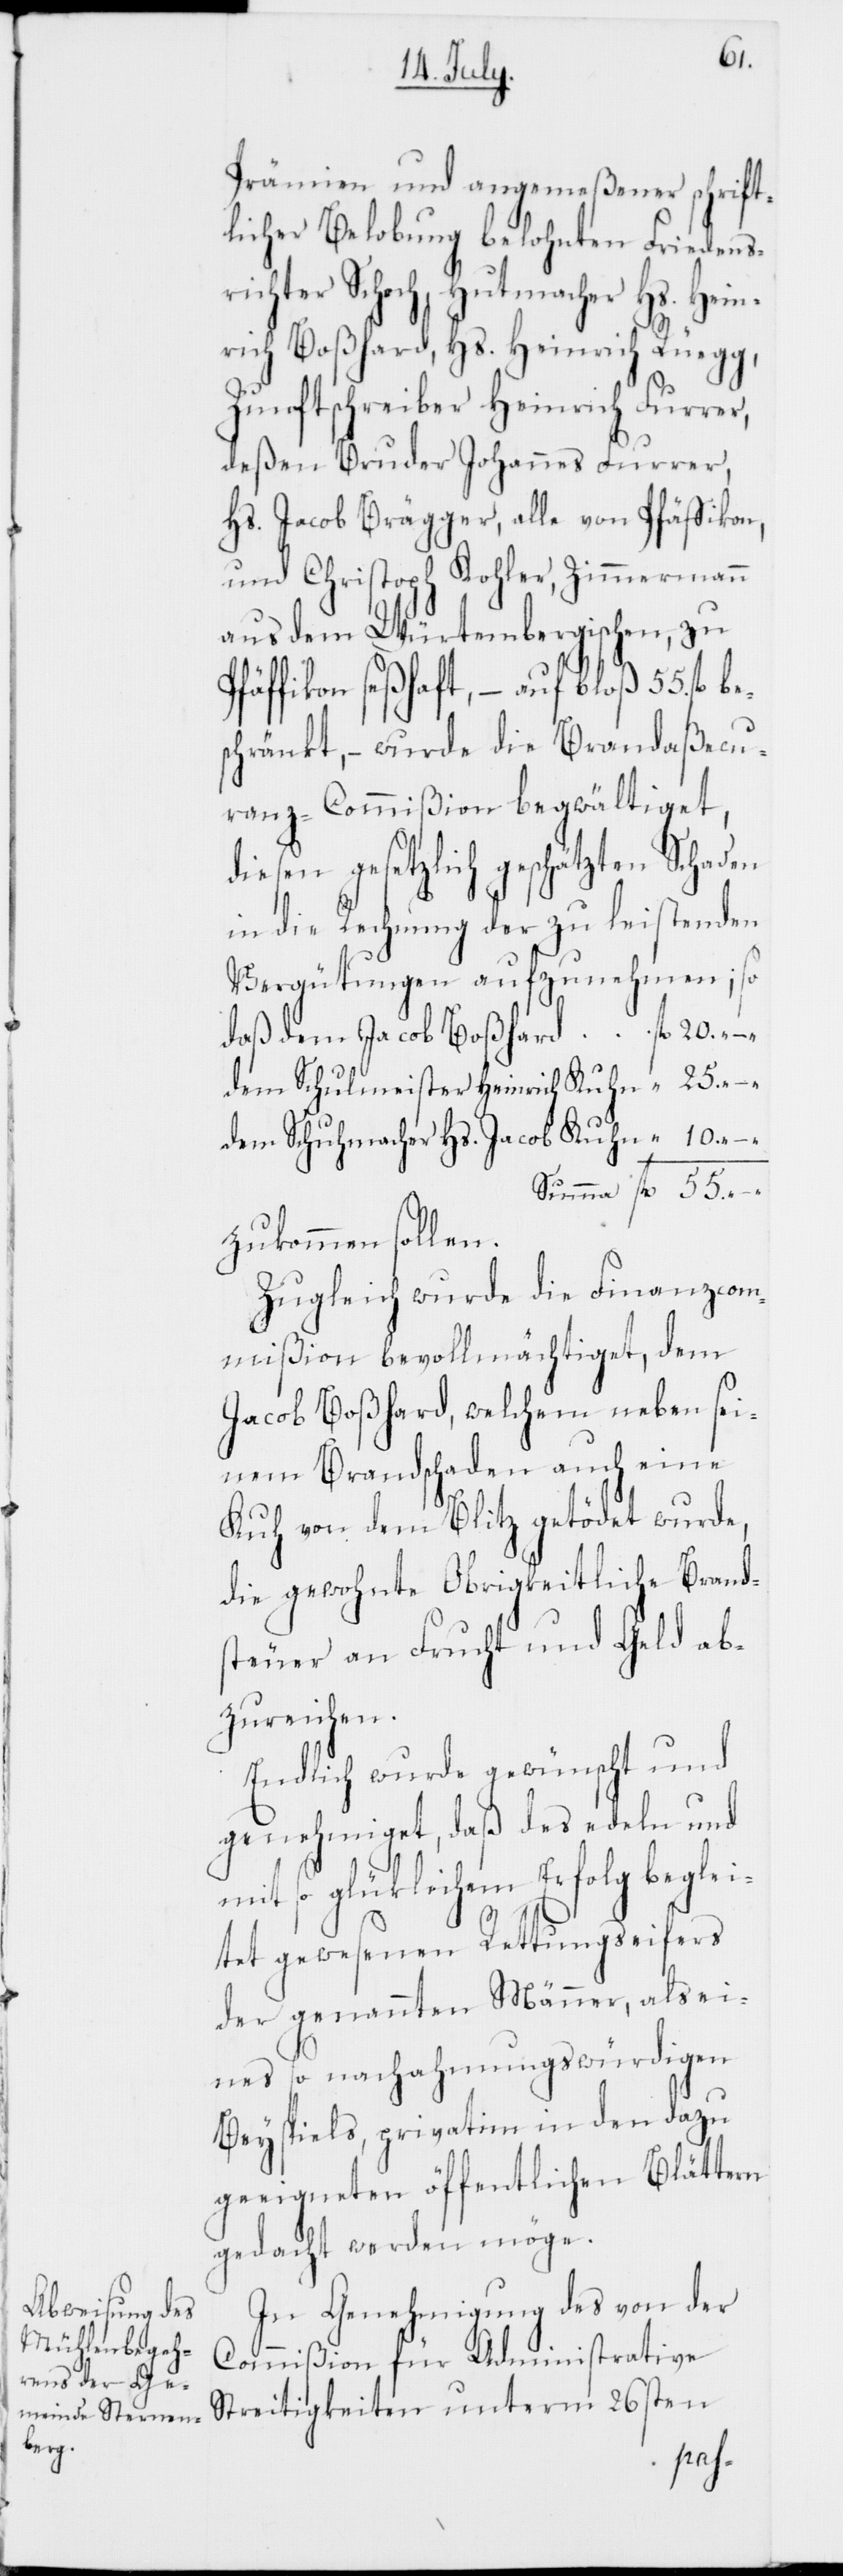
10.
Prämien und angemeßener schrift¬
licher Belobung belohnten Friedensr¬
ichter Schoch, Hutmacher Hs. Hein¬
rich Boßhard, Hs. Heinrich Rüegg,
Zunftschreiber Heinrich Furrer,
deßen Bruder Johannes Furrer,
Hs. Jacob Brägger, alle von Pfäffikon,
und Christoph Kohler, Zimmermann
aus dem Würtembergischen, zu
Pfäffikon seßhaft, – auf bloß 55. fl.
chränkt, – wurde die Brandaßecu¬
ranz-Commißion begwältiget,
diesen gesetzlich geschätzten Schaden
in die Rechnung der zu leistenden
Vergütungen aufzunehmen;
dem Schulmeister Heinrich Kuhn
dem Schuhmacher Hs. Jacob Kuhn
zukommen sollen.
Zugleich wurde die Finanzcom¬
mißion bevollmächtiget, dem
Jacob Boßhard, welchem neben sei¬
nem Brandschaden auch eine
Kuh von dem Blitz getödet wurde,
die gewohnte Obrigkeitliche Brand¬
steuer an Frucht und Geld ab¬
zureichen.
Endlich wurde gewünscht und
genehmiget, daß des edeln und
mit so glücklichem Erfolg beglei¬
tet gewesenen Rettungseifers
der genannten Männer, als ei¬
nes so nachahmungswürdigen
Beyspiels, privatim in den dazu
geeigneten öffentlichen Blättern
gedacht werden möge.
In Genehmigung des von der
Commißion für Administrative
Streitigkeiten unterm 26sten